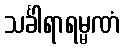
သင်္ခါရာရမ္မဏံ